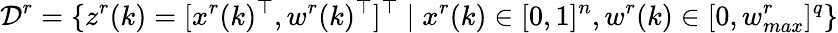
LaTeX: \mathcal D^{r}=\{ z^{r}(k)=[x^{r}(k)^{\top},w^{r}(k)^{\top}]^{\top}\mid x^{r}(k)\in[0,1]^{n},w^{r}(k)\in[0,w_{max}^{r}]^{q}\}